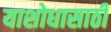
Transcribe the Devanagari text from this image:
याशोधासाठी